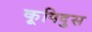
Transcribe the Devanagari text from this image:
कूपिदुस